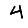
Digit: 4